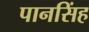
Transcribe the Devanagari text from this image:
पानसिंह